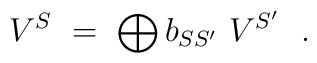
V^{S}\ =\ \bigoplus b_{SS'}\ V^{S'}\ \ .